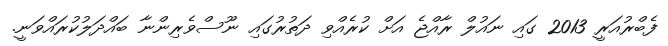
ފެބްރުއަރީ 2013 ގައި ނައުލް ރާއްޖެ އަށް ކުރެއްވި ދަތުރުގައި ނޫސްވެރިންނާ ބައްދަލުކުރައްވަނީ.